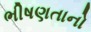
ભીષણતાનો